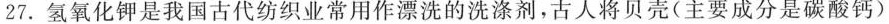
27.氢氧化钾是我国古代纺织业常用作漂洗的洗涤剂，古人将贝壳(主要成分是碳酸钙)